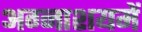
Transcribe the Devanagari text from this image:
अग्नाशयमें